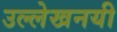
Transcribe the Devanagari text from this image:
उल्लेखनयी